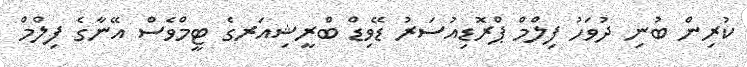
ކުރިން ބުނި ދުވަހު ފިލްމް ޕްރޮޑިއުސަރު ޑޭވިޑް ބްރީޝިއަރގެ ޓީމްވެސް އޭނާގެ ފިލްމް